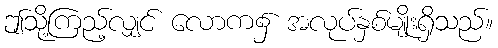
ဤသို့ကြည့်လျှင် လောက၌ အလုပ်နှစ်မျိုးရှိသည်။